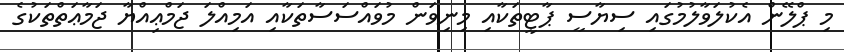
މި ޕްލޭން އެކުލަވާލުމުގައި ސިޔާސީ ޕާޓީތަކާއި މިނިވަން މުވައްސަސާތަކާއި އަމިއްލަ ޖަމްޢިއްޔާ ޖަމާޢަތްތަކުގެ